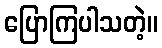
ပြောကြပါသတဲ့။